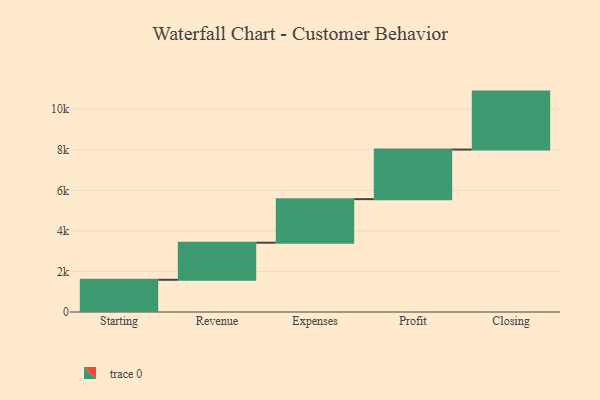
{"axis": {"x": "Step", "y": "Value"}, "legend": [""], "data": [{"x": "Starting", "y": 1589.0, "type": ""}, {"x": "Revenue", "y": 1828.0, "type": ""}, {"x": "Expenses", "y": 2148.0, "type": ""}, {"x": "Profit", "y": 2445.0, "type": ""}, {"x": "Closing", "y": 2858.0, "type": ""}]}